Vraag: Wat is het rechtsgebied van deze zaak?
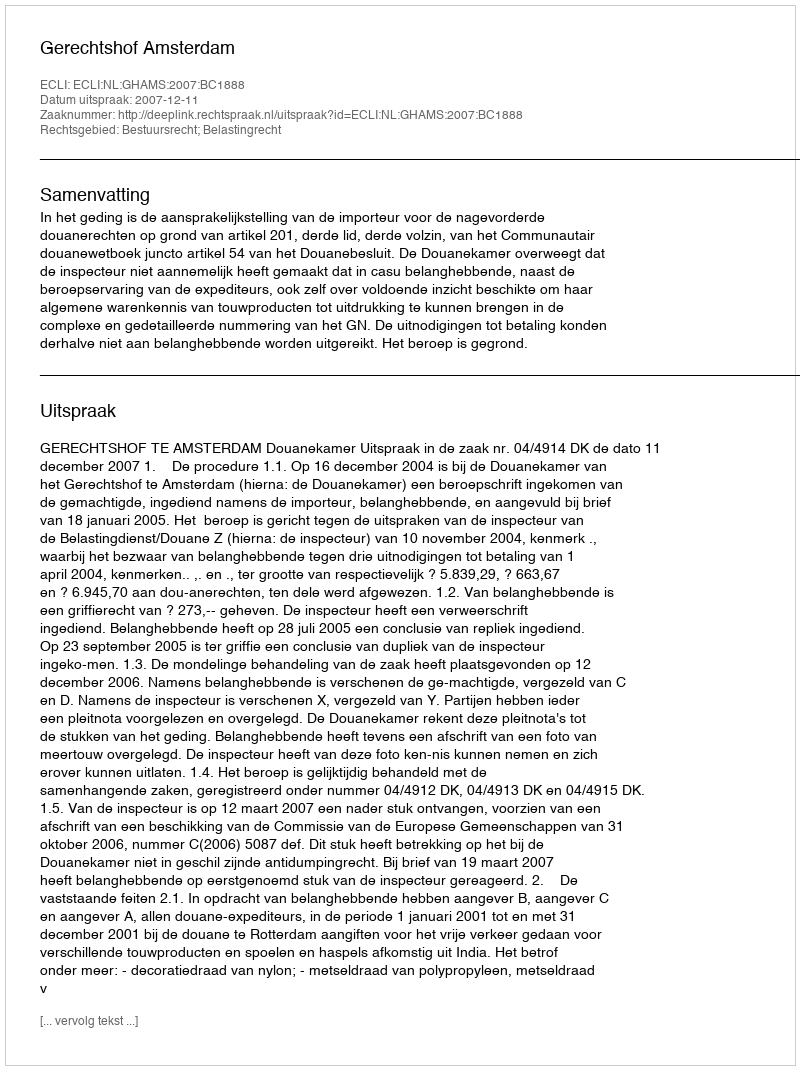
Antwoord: Bestuursrecht; Belastingrecht